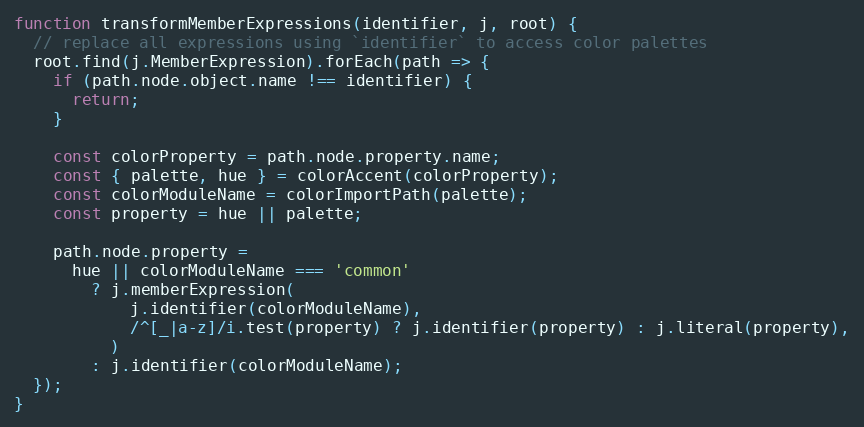
Language: JavaScript
function transformMemberExpressions(identifier, j, root) {
  // replace all expressions using `identifier` to access color palettes
  root.find(j.MemberExpression).forEach(path => {
    if (path.node.object.name !== identifier) {
      return;
    }

    const colorProperty = path.node.property.name;
    const { palette, hue } = colorAccent(colorProperty);
    const colorModuleName = colorImportPath(palette);
    const property = hue || palette;

    path.node.property =
      hue || colorModuleName === 'common'
        ? j.memberExpression(
            j.identifier(colorModuleName),
            /^[_|a-z]/i.test(property) ? j.identifier(property) : j.literal(property),
          )
        : j.identifier(colorModuleName);
  });
}